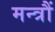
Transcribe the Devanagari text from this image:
मन्त्रौं